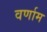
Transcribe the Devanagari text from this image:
वर्णाम